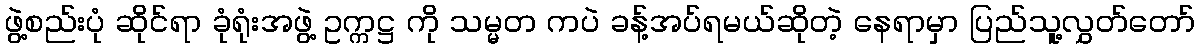
ဖွဲ့စည်းပုံ ဆိုင်ရာ ခုံရုံးအဖွဲ့ ဥက္ကဋ္ဌ ကို သမ္မတ ကပဲ ခန့်အပ်ရမယ်ဆိုတဲ့ နေရာမှာ ပြည်သူ့လွှတ်တော်